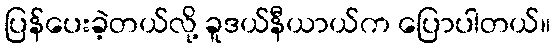
ပြန်ပေးခဲ့တယ်လို့ ခူဒယ်နီယာယ်က ပြောပါတယ်။